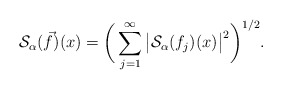
\begin{align*}\mathcal S_\alpha(\vec{f})(x)=\bigg(\sum_{j=1}^\infty\big|\mathcal S_\alpha(f_j)(x)\big|^2\bigg)^{1/2}.\end{align*}